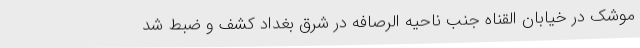
موشک در خیابان القناه جنب ناحیه الرصافه در شرق بغداد کشف و ضبط شد